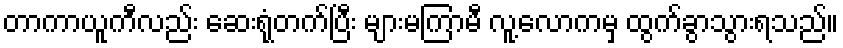
တာကာယူကီလည်း ဆေးရုံတက်ပြီး များမကြာမီ လူ့လောကမှ ထွက်ခွာသွားရသည်။